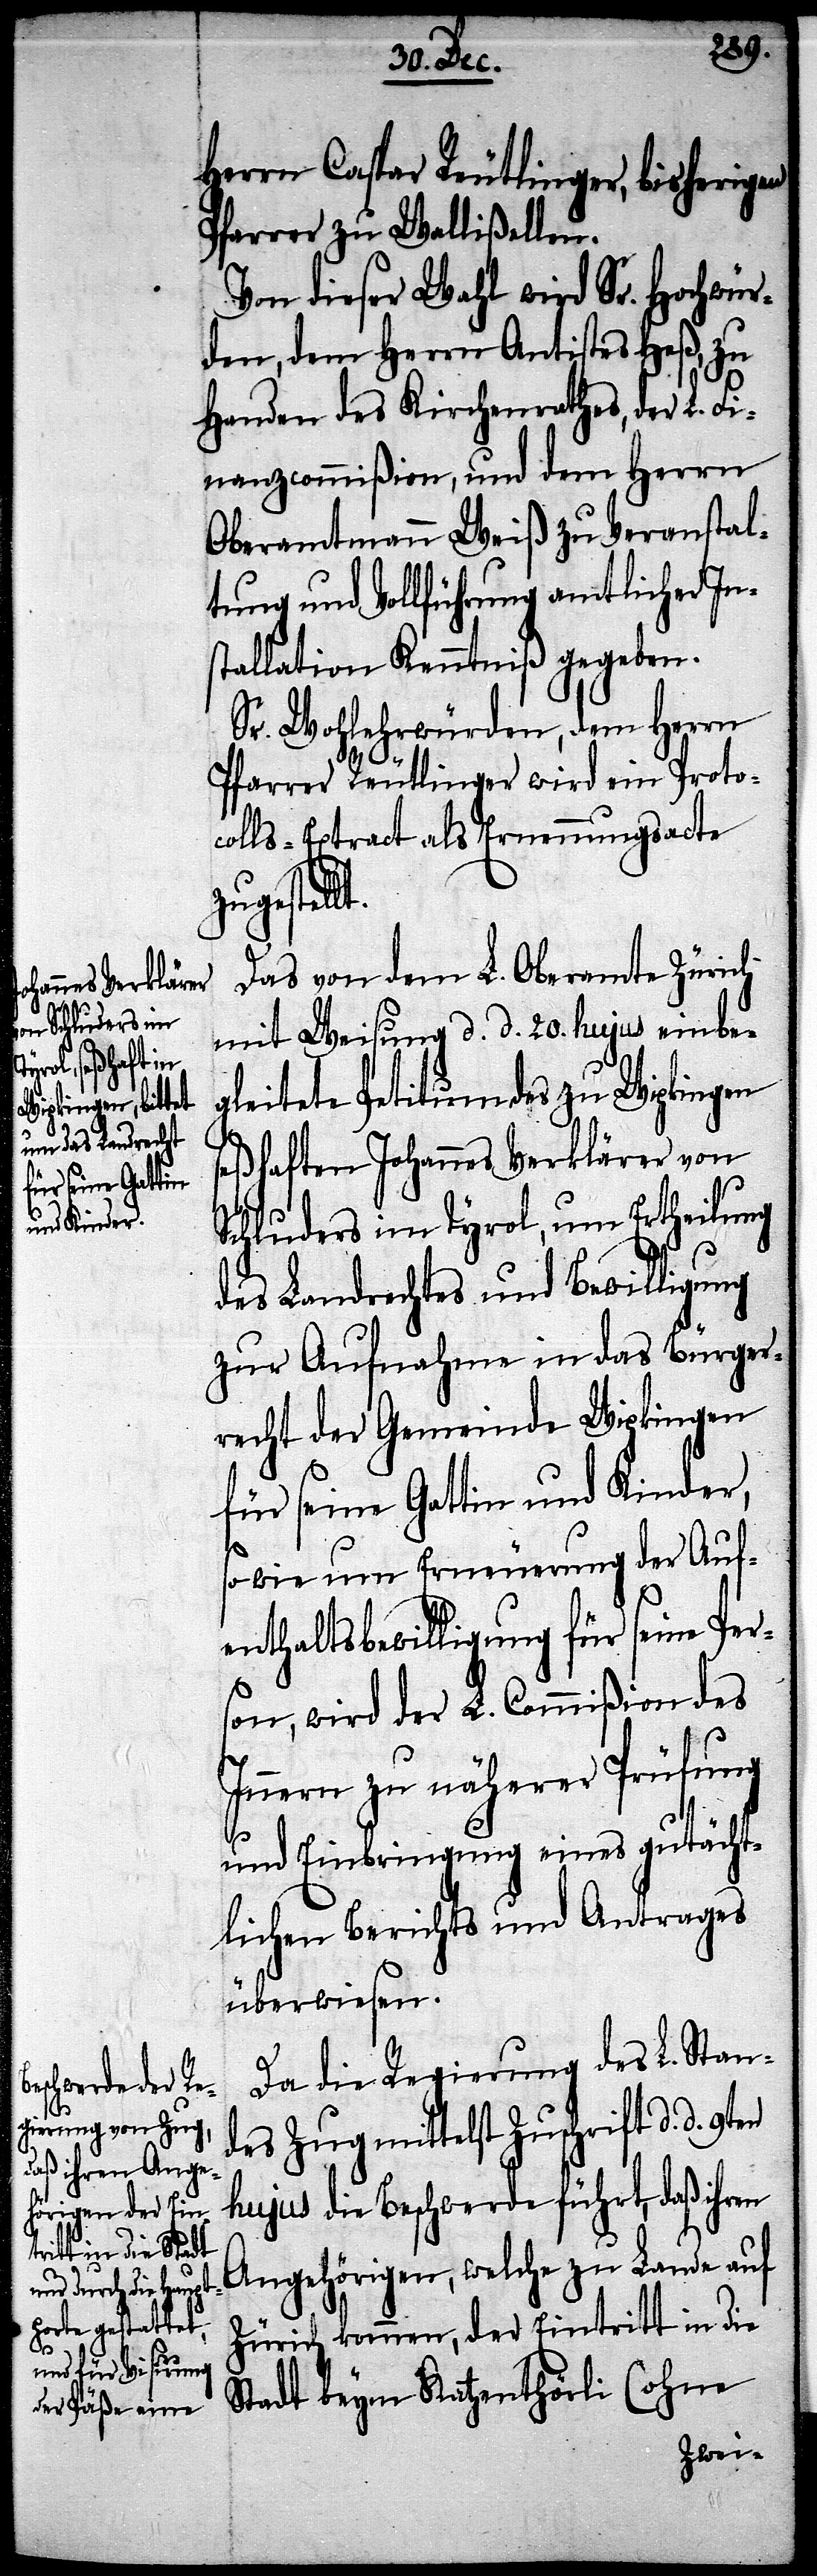
seine Per¬

Herrn Caspar Reutlinger, bisherigen
Pfarrer zu Wallißellen.
Von dieser Wahl wird Sr. Hochwür¬
den, dem Herrn Antistes Heß, zu
Handen des Kirchenrathes, der L. Fi¬
nanzcommißion, und dem Herrn
Oberamtmann Weiß zu Veranstal¬
tung und Vollführung amtlicher Ins¬
tallation Kenntniß gegeben.
Sr. Wohlehrwürden, dem Herrn
Pfarrer Reutlinger wird ein Protoc¬
olls-Extract als Ernennungsacte
zugestell¬
Das von dem L. Oberamte Zürich
mit Weisung d. d. 20. hujus einbe¬
gleitete Petitum des zu Wipkingen
seßhaften Johannes Verklärer von
Schluders im Tyrol, um Ertheilung
des Landrechts und Bewilligung
zur Aufnahme in das Bürger¬
recht der Gemeinde Wipkingen
für seine Gattin und Kinder,
so wie um Erneuerung der Auf¬
enthaltsbewilligung für
son, wird der L. Commißion des
Inner zu näherer Prüfung
t.
und Einbringung eines gutächt¬
lichen Berichts und Antrags
überwiesen.
Da die Regierung des L. Stan¬
des Zug mittelst Zuschrift d. d. 9ten
hujus die Beschwerde führt, daß ihren
Angehörigen, welche zu Lande auf
Zürich kommen, der Eintritt in die
Stadt beym Katzenthörli (ohne